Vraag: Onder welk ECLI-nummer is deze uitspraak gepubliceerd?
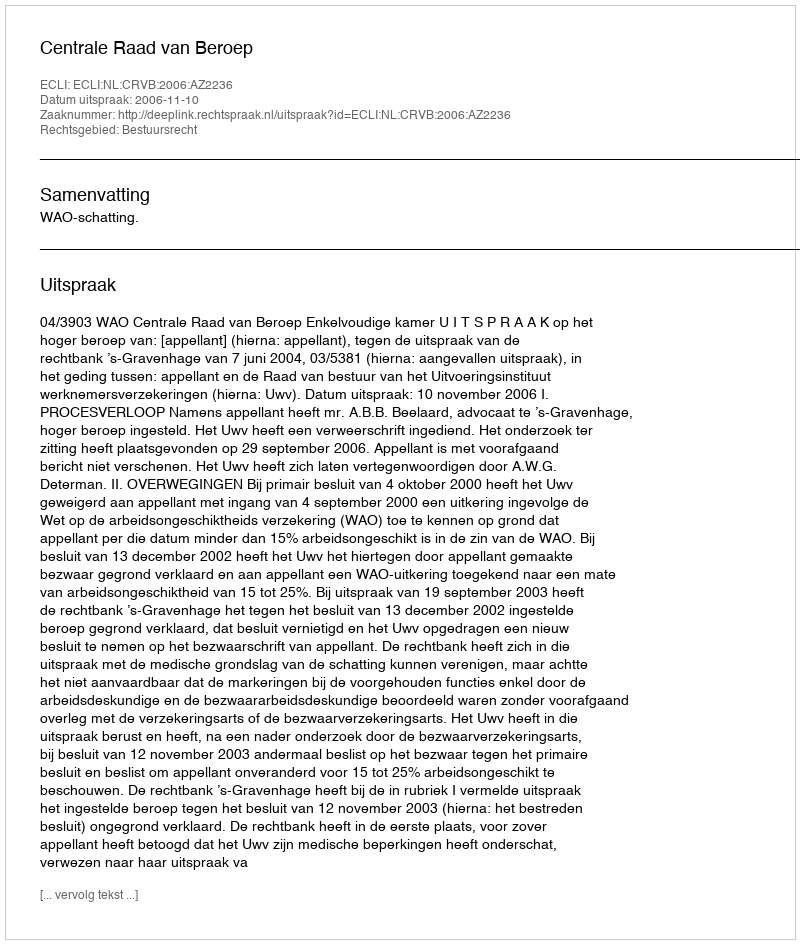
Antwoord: ECLI:NL:CRVB:2006:AZ2236